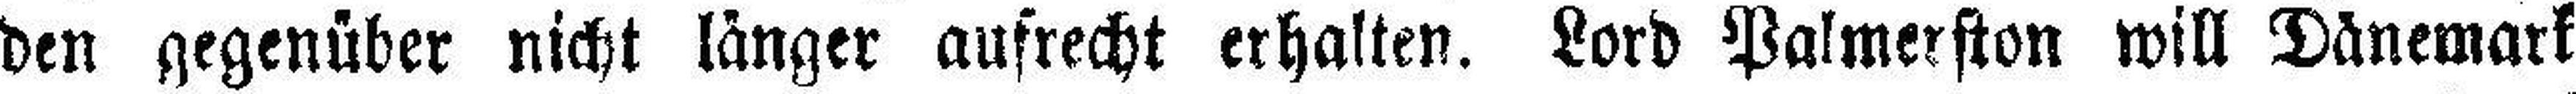
den gegenüber nicht länger aufrecht erhalten. Lord Palmerston will Dänemark